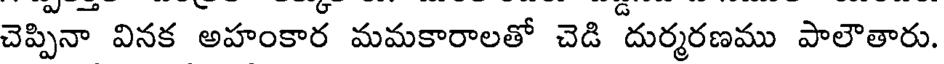
చెప్పినా వినక అహంకార మమకారాలతో చెడి దుర్మరణము పాలౌతారు.